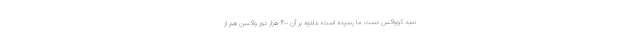
سبد کوواکس دست ما رسیده است؛ علاوه بر آن ۴٠٠ هزار دوز واکسن هم از